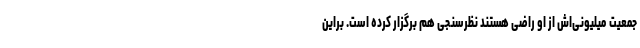
جمعیت میلیونی‌اش از او راضی هستند نظرسنجی هم برگزار کرده است. براین